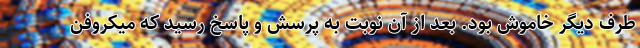
طرف دیگر خاموش بود. بعد از آن نوبت به پرسش و پاسخ رسید که میکروفن